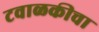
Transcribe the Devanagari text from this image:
टवाळकीचा